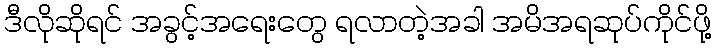
ဒီလိုဆိုရင် အခွင့်အရေးတွေ ရလာတဲ့အခါ အမိအရဆုပ်ကိုင်ဖို့